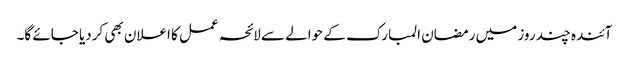
آئندہ چند روز میں رمضان المبارک کے حوالے سے لائحہ عمل کا اعلان بھی کردیا جائے گا۔